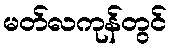
မတ်လကုန်တွင်